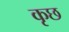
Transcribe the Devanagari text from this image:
कृछ